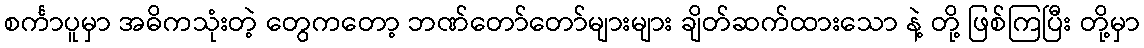
စင်္ကာပူမှာ အဓိကသုံးတဲ့ တွေကတော့ ဘဏ်တော်တော်များများ ချိတ်ဆက်ထားသော နဲ့ တို့ ဖြစ်ကြပြီး တို့မှာ